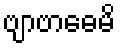
ဗျာဗာဓေမိ